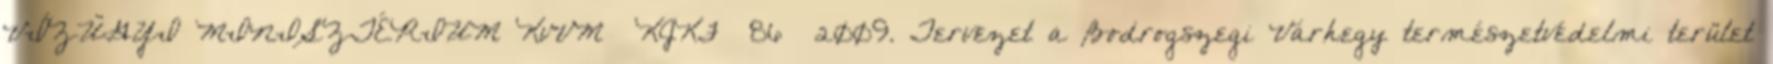
VÍZÜGYI MINISZTÉRIUM KvVM KJKF 86 2009. Tervezet a Bodrogszegi Várhegy természetvédelmi terület